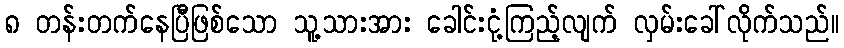
၈ တန်းတက်နေပြီဖြစ်သော သူ့သားအား ခေါင်းငုံ့ကြည့်လျက် လှမ်းခေါ်လိုက်သည်။